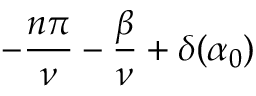
- \frac { n \pi } { \nu } - \frac { \beta } { \nu } + \delta ( \alpha _ { 0 } )